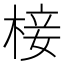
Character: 椄